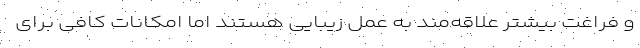
و فراغت بیشتر علاقه‌مند به عمل زیبایی هستند اما امکانات کافی برای